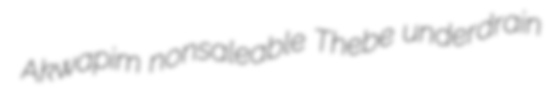
Akwapim nonsaleable Thebe underdrain